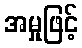
အမှုဖြင့်